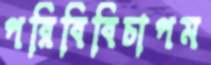
পরিবিবিচাপম